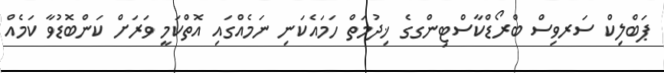
ޕަބްލިކް ސަރވިސް ބްރޯޑްކާސްޓިންގގެ ޚިދުމަތް ހަމައެކަނި ނަމެއްގައި އޮތްކަމީ ވަރަށް ކަންބޮޑުވާ ކަމެއް